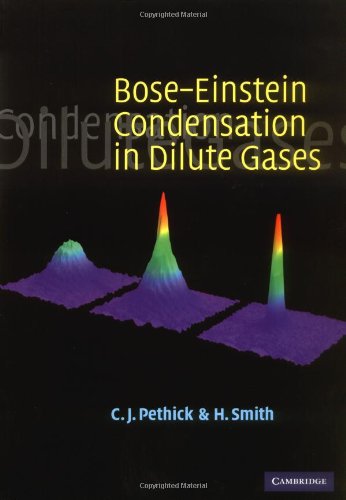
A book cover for Bose-Einstein Condensation in Dilute Gases; C. J. Pethick; Science & Math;